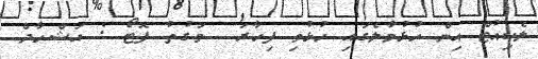
ލެކިއުޓް އިން ހުޅުމާލެގައި ހުޅުވި ފިހާރަ  ވަގުތު ފޮޓޯ : އަޝްހާދް